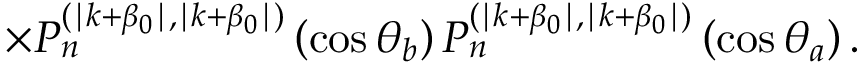
\times P _ { n } ^ { ( \mid k + \beta _ { 0 } \mid , \mid k + \beta _ { 0 } \mid ) } \left( \cos \theta _ { b } \right) P _ { n } ^ { ( \mid k + \beta _ { 0 } \mid , \mid k + \beta _ { 0 } \mid ) } \left( \cos \theta _ { a } \right) .